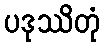
ပဒုဿိတုံ